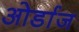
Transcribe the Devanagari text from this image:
ओर्डाज